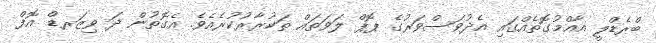
ބްރެޑްލީ އާއްމުގޮތެއްގައި އެދުވަސްވަރުގެ ޕޮޕް ލަވަތައް ތަކުރާރުކުރެއެވެ. އެގޮތުން ދަ ވިޒަރޑް އޮފް